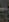
-